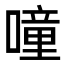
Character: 噇